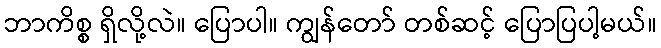
ဘာကိစ္စ ရှိလို့လဲ။ ပြောပါ။ ကျွန်တော် တစ်ဆင့် ပြောပြပါ့မယ်။